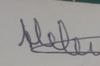
Signature authenticity: genuine